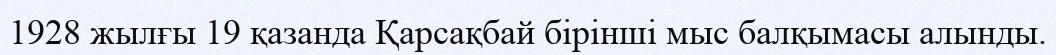
1928 жылғы 19 қазанда Қарсақбай бірінші мыс балқымасы алынды.